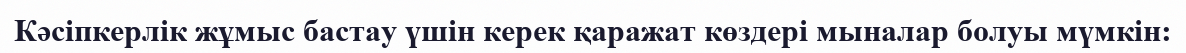
Кәсіпкерлік жұмыс бастау үшін керек қаражат көздері мыналар болуы мүмкін: